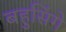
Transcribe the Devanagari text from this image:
बहुसिंगे